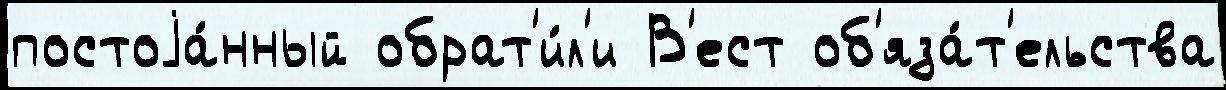
постоjа́нный обрат'и́л'и В'ест об'яза́т'ельства